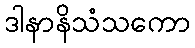
ဒါနာနိသံသကော